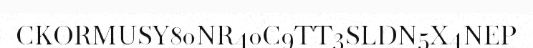
CKORMUSY80NR40C9TT3SLDN5X4NEP